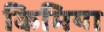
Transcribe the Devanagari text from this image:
किमिया